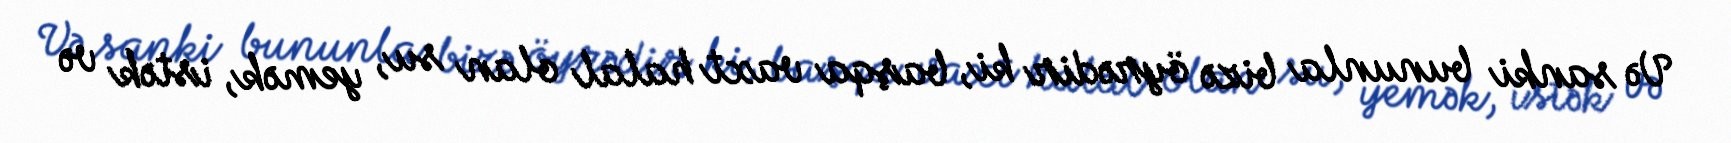
Və sanki bununla bizə öyrədir ki, başqa vaxt halal olan su, yemək, istək və